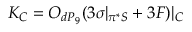
K _ { C } = { \cal O } _ { d P _ { 9 } } ( 3 \sigma | _ { \pi ^ { * } { \cal S } } + 3 F ) | _ { C }